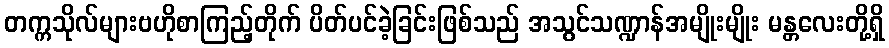
တက္ကသိုလ်များဗဟိုစာကြည့်တိုက် ပိတ်ပင်ခဲ့ခြင်းဖြစ်သည် အသွင်သဏ္ဍာန်အမျိုးမျိုး မန္တလေးတို့ရှိ